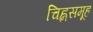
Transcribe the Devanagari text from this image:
चिह्नसमूह